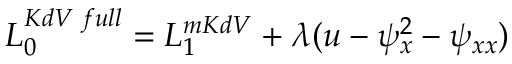
{ \cal L } _ { 0 } ^ { K d V \; f u l l } = { \cal L } _ { 1 } ^ { m K d V } + \lambda ( u - \psi _ { x } ^ { 2 } - \psi _ { x x } )